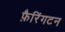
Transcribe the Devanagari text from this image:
फ़ैरिंगटन